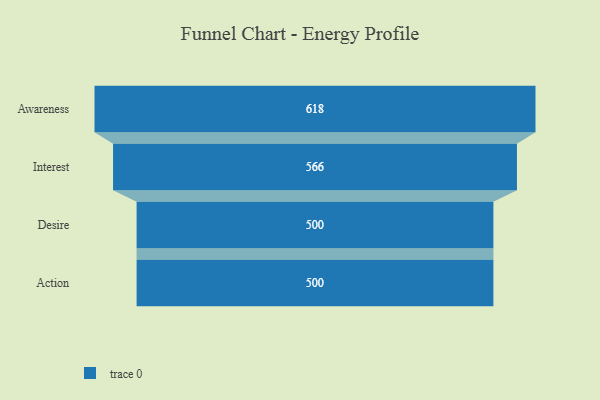
{"axis": {"x": "Stage", "y": "Value"}, "legend": [""], "data": [{"x": "Awareness", "y": 618.0, "type": ""}, {"x": "Interest", "y": 566.0, "type": ""}, {"x": "Desire", "y": 500, "type": ""}, {"x": "Action", "y": 500, "type": ""}]}